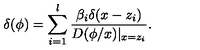
\delta ( \phi ) = \sum _ { i = 1 } ^ { l } \frac { \beta _ { i } \delta ( x - z _ { i } ) } { D ( \phi / x ) | _ { x = z _ { i } } } .